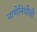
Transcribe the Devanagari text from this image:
नाणेनिधीची